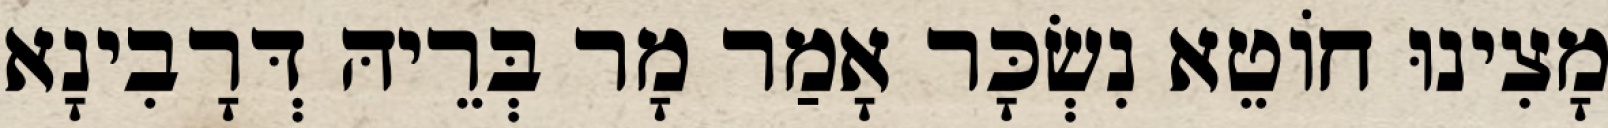
מָצִינוּ חוֹטֵא נִשְׂכָּר אָמַר מָר בְּרֵיהּ דְּרָבִינָא